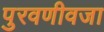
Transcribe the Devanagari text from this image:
पुरवणीवजा